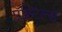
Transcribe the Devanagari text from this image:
पॅस्टिल्स